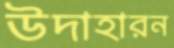
উদাহারন